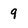
Character: 9